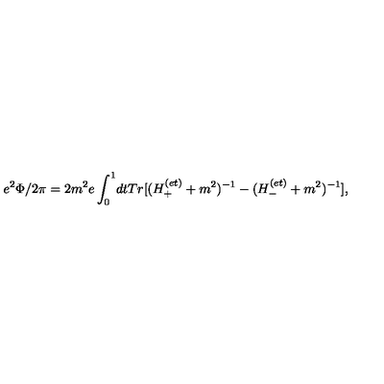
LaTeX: e ^ { 2 } \Phi / 2 \pi = 2 m ^ { 2 } e \int _ { 0 } ^ { 1 } \! d t T r [ ( H _ { + } ^ { ( e t ) } + m ^ { 2 } ) ^ { - 1 } - ( H _ { - } ^ { ( e t ) } + m ^ { 2 } ) ^ { - 1 } ] ,